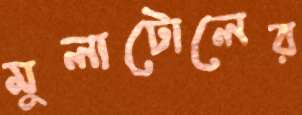
মুলাটোলের